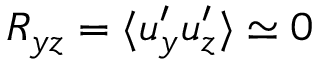
{ \cal { R } } _ { y z } = \langle { u _ { y } ^ { \prime } u _ { z } ^ { \prime } } \rangle \simeq 0